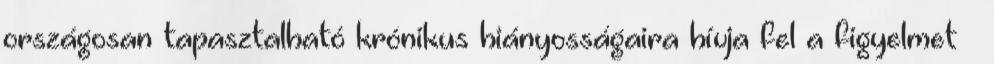
országosan tapasztalható krónikus hiányosságaira hívja fel a figyelmet –